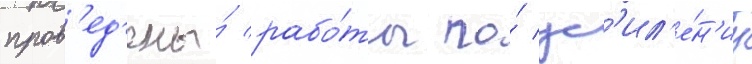
пров'ед'ены́ рабо́ты по́ ус'ил'е́н'иу